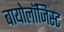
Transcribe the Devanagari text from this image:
बायोलॉजिस्ट